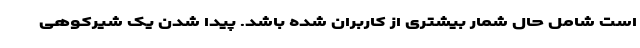
است شامل حال شمار بیشتری از کاربران شده باشد. پیدا شدن یک شیرکوهی